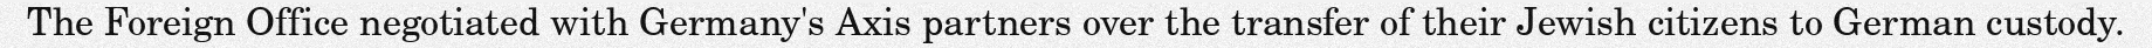
The Foreign Office negotiated with Germany's Axis partners over the transfer of their Jewish citizens to German custody.